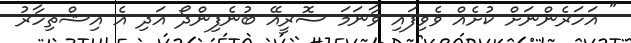
" އަހަރެންނަށް ކުށެއް ވެވިފައި ވާނަމަ ސޮރީއޭ ބުނެފިންދޯ އަދި އެ އިޝްތިހާރު